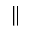
\|